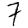
Digit: 7